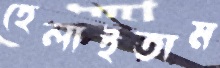
হেলাইতাম